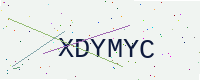
Text: XDYMYC